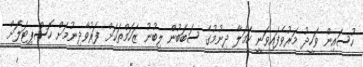
ހުސައިން ވަހީދު މަރުވެފައިވަނީ ހަމަލާ ދިނުމުގެ ސަބަބުން ލިބުނު ޒަހަމްތަކަށް ފަރުވާދިނުމަށް ހޮސްޕިޓަލަށް